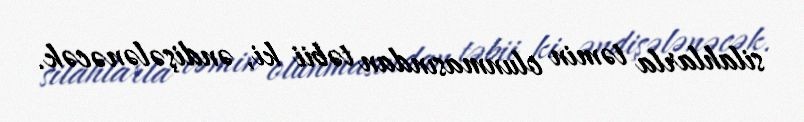
silahlarla təmin olunmasından təbii ki, əndişələnəcək.